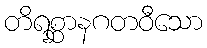
တိရစ္ဆာနဂတဝီသော